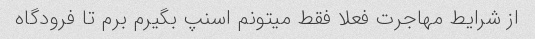
از شرایط مهاجرت فعلا فقط میتونم اسنپ بگیرم برم تا فرودگاه